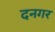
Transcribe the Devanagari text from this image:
दनगर